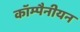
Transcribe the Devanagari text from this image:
कॉम्पैनीयन